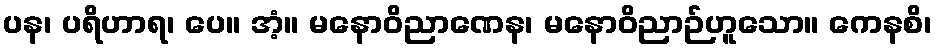
ပန၊ ပရိဟာရ၊ ပေ။ အံ့။ မနောဝိညာဏေန၊ မနောဝိညာဉ်ဟူသော။ ကေနစိ၊